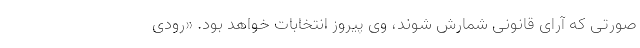
صورتی که آرای قانونی شمارش شوند، وی پیروز انتخابات خواهد بود. «رودی